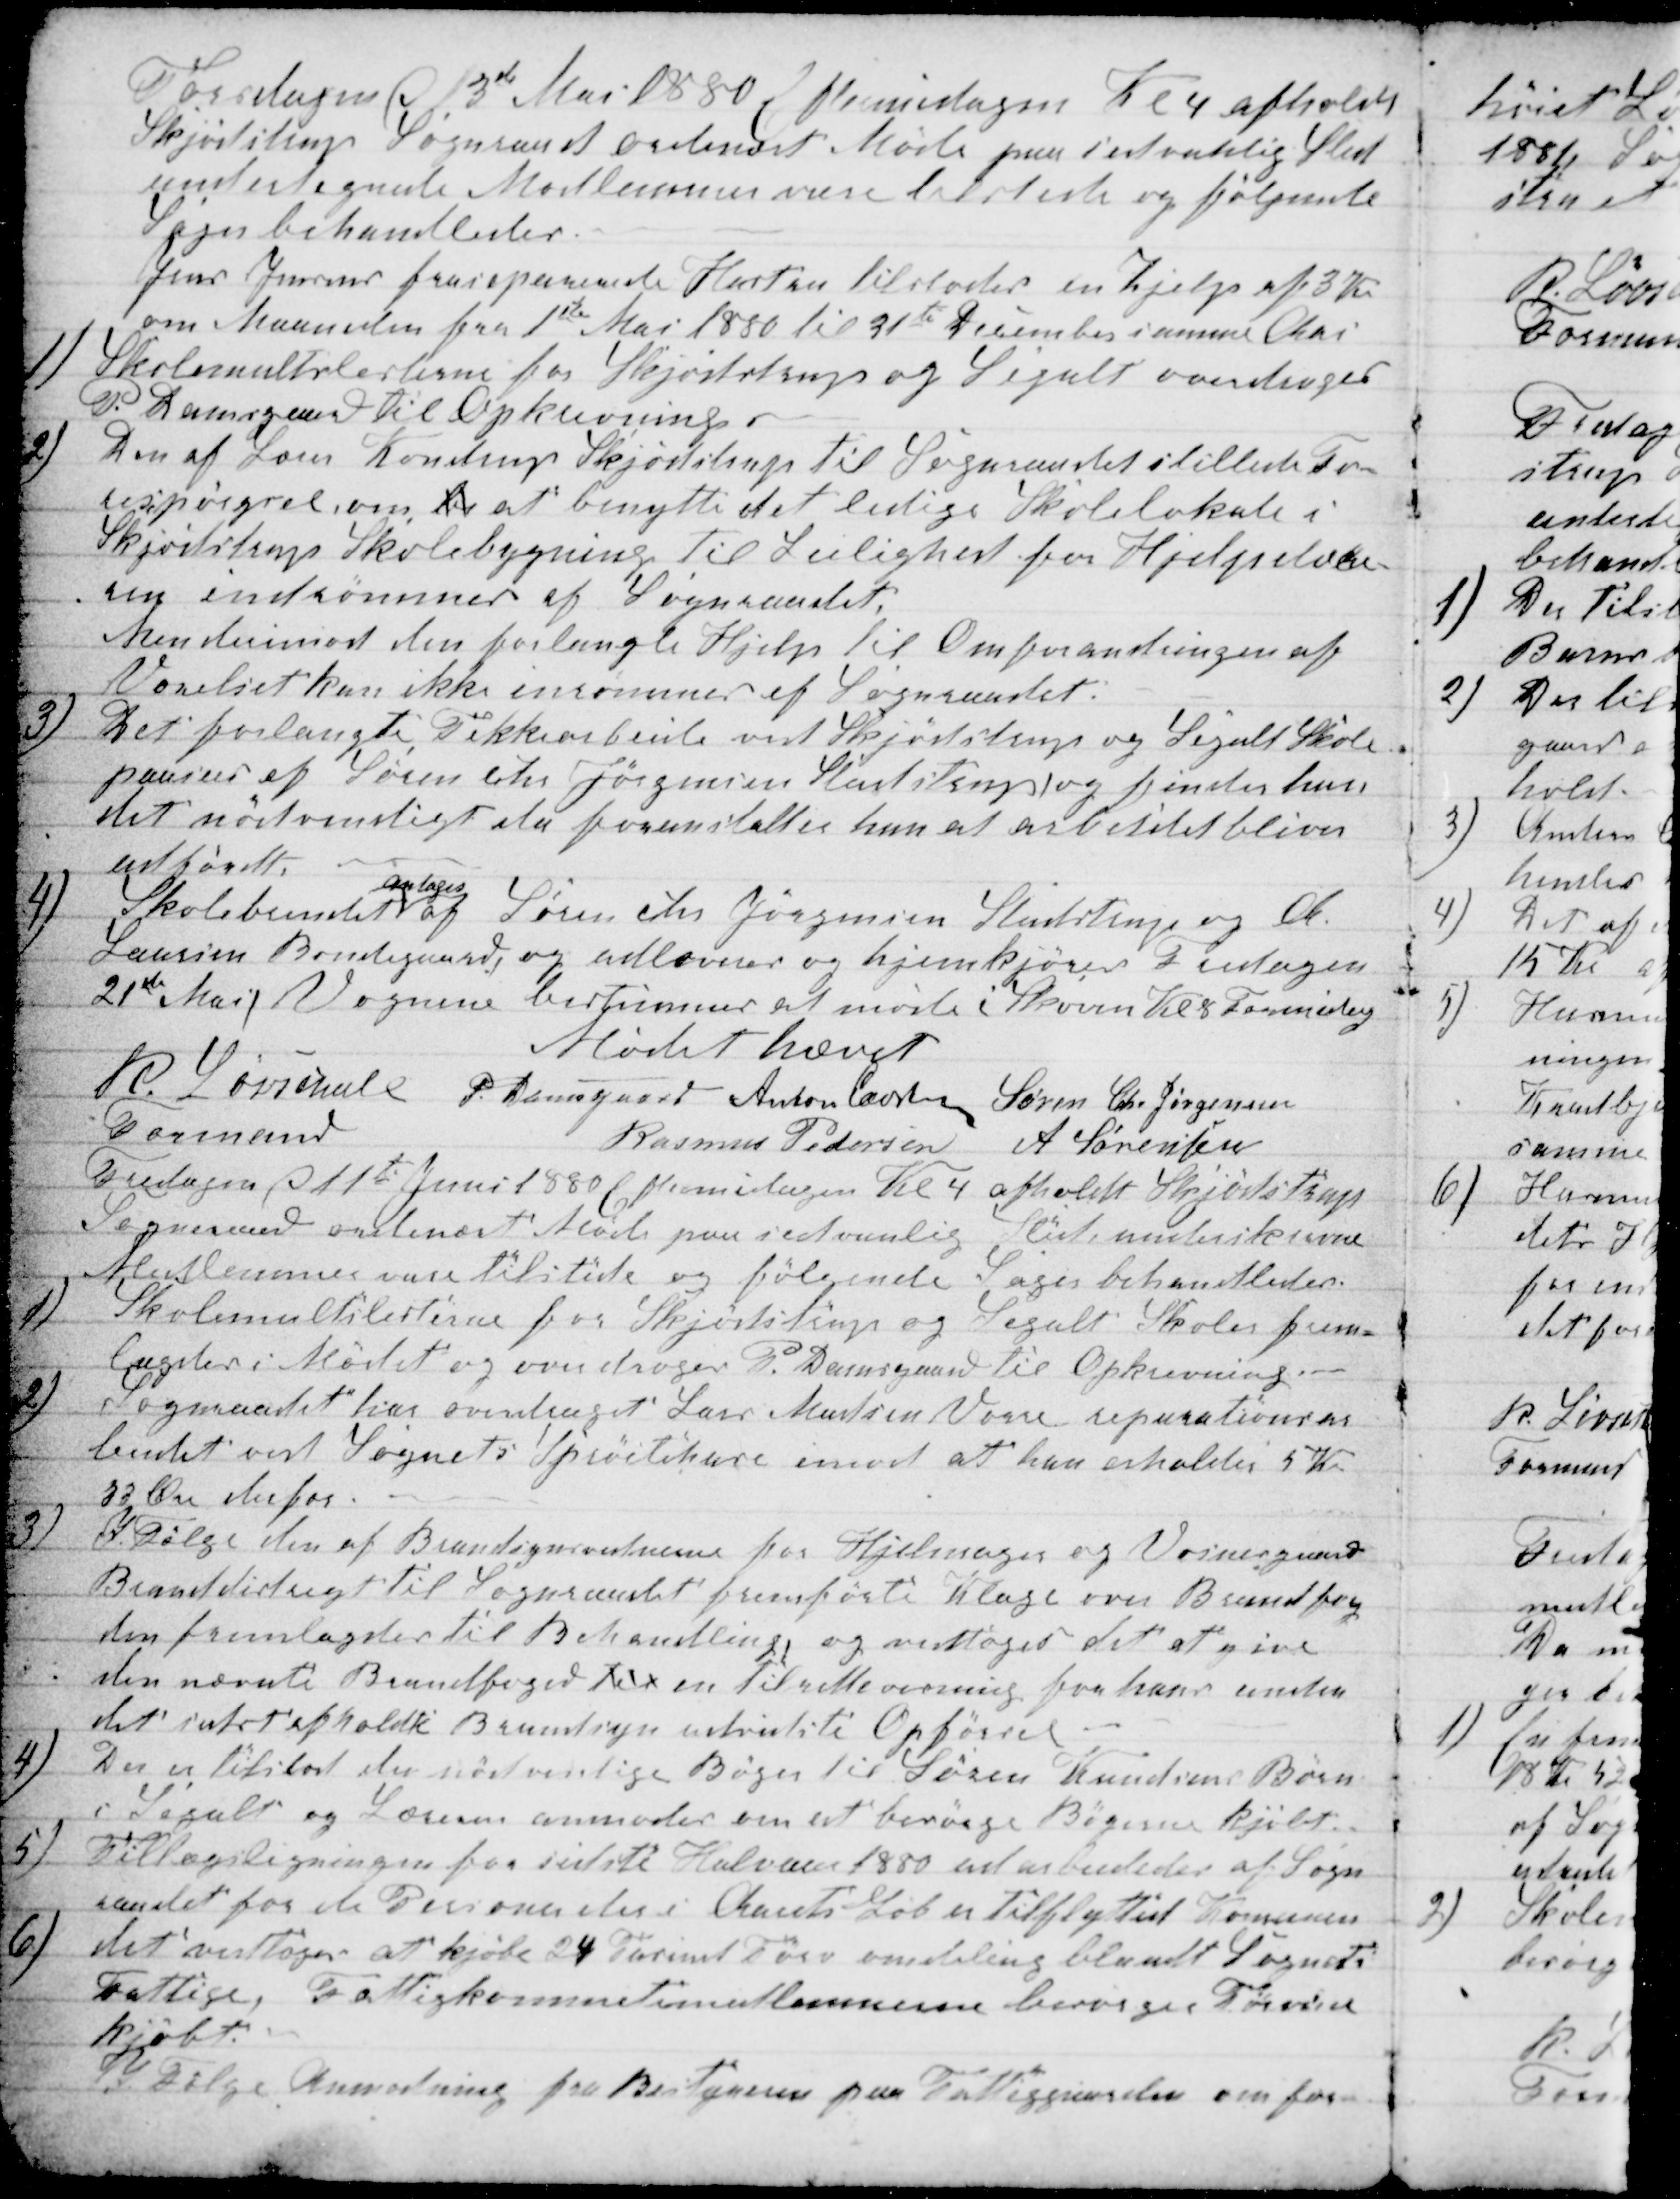
Transskription:
Torsdagen d 13de Mai 1880 Eftermidagen Kl 4 afholdt
Skjødstrup Sogneraad ordinært Møde paa sedvanlig Sted
undertegnede Medlemmer vare tilstede og følgende
Sager behandledes.
Jens Jensens fraseparende Hustru tilstodes en Hjelp af 3 Kr
om Maaneden fra 1ste Mai 1880 til 31te December samme Aar
1) Skolemultslisterne for Skjødstrup og Segalt overdroges
P. Damsgaard til Opkrævning.
2)
Den af Lærer Kondrup Skjødstrup til Sogneraadet stillede Fo-
respørgsel om de at benytte det ledige Skolelokale i
Skjødstrup Skolebygning til Leilighed for Hjelpelære-
ren indrømmes af Sogneraadet,
Men derimod den forlangte Hjelp til Omforandringen af
Værelset kan ikke inrømmes af Sogneraadet.
3)
Det forlangte Tekkearbeide ved Skjødstrup og Segalt Skole
paasees af Søren Chr Jørgensen Studstrup og finder han
det nødventligt da foranstalter han at arbeidet bliver
udførdt.
4)
Skolebrendet 
antages
af Søren Chr Jørgensen Studstrup og A.
Laursen Bondegaard, og udleveres og hjemkjøres Fredagen
21de Mai, Vognene bestemmes at møde i Skoven Kl 8 Formidag
Mødet hævet
R. Løvschall 
Formand
P. Damsgaard Anton Laursen Søren Chr Jørgensen
Rasmus Pedersen A Sørensen
Fredagen af 11te Juni 1880 Eftermidagen Kl 4 afholdt Skjødstrup
Sogneraad ordinært Møde paa sedvanlig Sted, underskrevne
Medlemmer vare tilstede og følgende Sager behandledes:
1)
Skolemultslisterne paa Skjødstrup og Segalt Skoler frem-
lagdes i Mødet og overdroges P. Damsgaard til Opkrævning.
2)
Sogneraadet har overdraget Lars Madsen Vorre reparationsar-
beidet ved Sognets Sprøitehuse imod at han erholder 5 Kr
33 Øre derfor.
3)
I Følge den af Brandsynsvidnerne for Hjelmager og Vosnesgaard
Branddistrigt Til Sogneraadet fremførte Klage over Brandfog
den fremlagdes til Behandling, og vedtoges det at give
den nævnte Brandfoged til en Tilrettevisning for hans under
det sidst afholdte Brandsyn udvistste Opførsel
4)
Der er tilstaaet de nødvendige Bøger til Søren Knudsens Børn
i Segalt og Læreren anmoder om at besørge Bøgerne kjøbt.
5)
Tillægsligningen for sidste Halvaar 1880 udarbeidedes af Sogn-
raadet for et Personer der i Aarets Løb er Tilflyttet Komunen
6)
det vedtoges at kjøbe 24 Tusind Tørv omdeling blandt Sognets
Fattige, Fattigkommetimedlemmerne besørger Tørvene
kjøbt.
I Følge Anmodning fra Bestyreren paa Fattiggaarden om for-